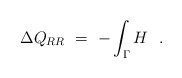
\begin{align*}\Delta Q_{RR}\ = \ - \int_\Gamma H\ \ .\end{align*}